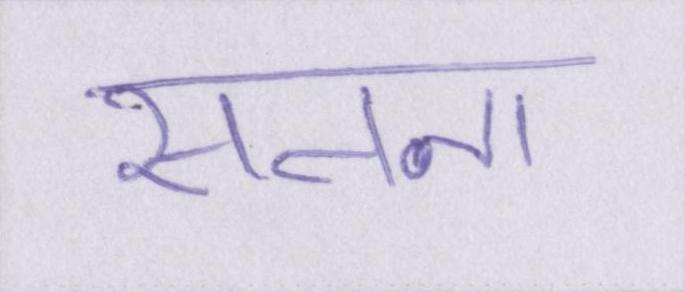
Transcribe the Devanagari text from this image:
सतना